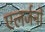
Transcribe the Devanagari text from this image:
एलर्जनों